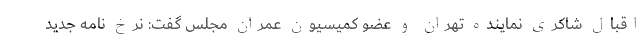
اقبال شاکری نماینده تهران و عضو کمیسیون عمران مجلس گفت: نرخ نامه جدید